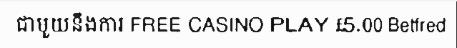
ជាមួយនឹងការ FREE CASINO PLAY £5.00 Betfred